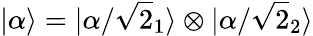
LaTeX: |\alpha\rangle=|\alpha/{\sqrt{2}}_{1}\rangle\otimes|\alpha/{\sqrt{2}}_{2}\rangle